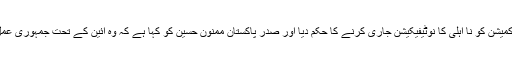
عدالت نے الیکشن کمیشن کو نا اہلی کا نوٹیفیکیشن جاری کرنے کا حکم دیا اور صدرِ پاکستان ممنون حسین کو کہا ہے کہ وہ آئین کے تحت جمہوری عمل کو آگے بڑھائیں۔